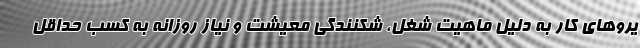
یروهای کار به دلیل ماهیت شغل، شکنندگی معیشت و نیاز روزانه به کسب حداقل